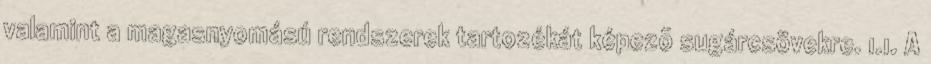
valamint a magasnyomású rendszerek tartozékát képezõ sugárcsövekre. 1.1. A